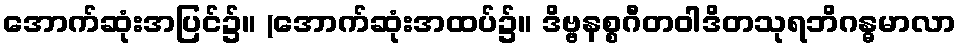
အောက်ဆုံးအပြင်၌။ (အောက်ဆုံးအထပ်၌။ ဒိဗ္ဗနစ္စဂီတဝါဒိတသုရဘိဂန္ဓမာလာ